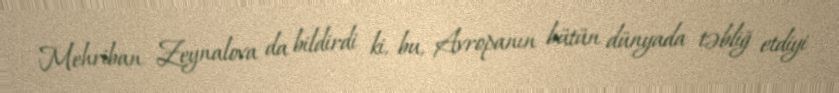
Mehriban Zeynalova da bildirdi ki, bu, Avropanın bütün dünyada təbliğ etdiyi